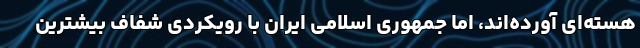
هسته‌ای آورده‌اند، اما جمهوری اسلامی ایران با رویکردی شفاف بیشترین